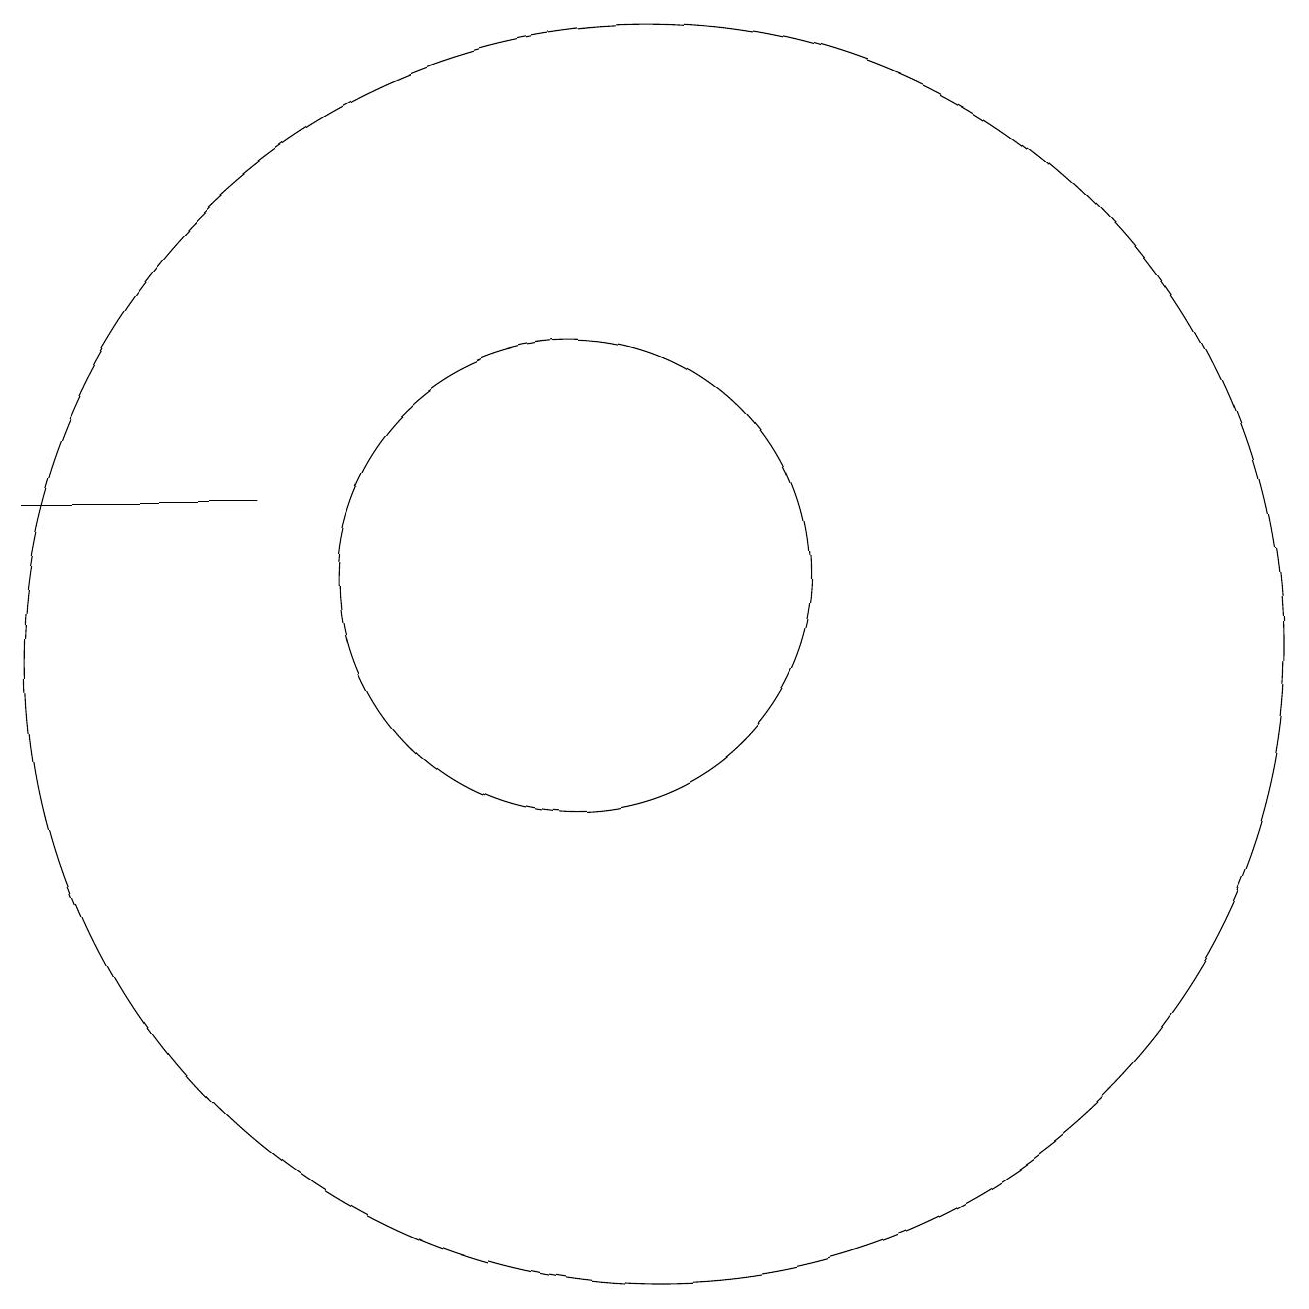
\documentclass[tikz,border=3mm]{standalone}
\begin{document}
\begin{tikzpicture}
\draw (10,11) circle (3);
\draw (6,12) rectangle (3,12);
\draw (11,10) circle (8);
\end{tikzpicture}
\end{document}